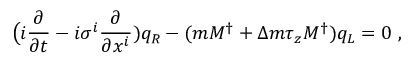
\big ( i \frac { \partial } { \partial t } - i \sigma ^ { i } \frac { \partial } { \partial x ^ { i } } ) q _ { R } - ( m M ^ { \dagger } + \Delta m \tau _ { z } M ^ { \dagger } ) q _ { L } = 0 \ ,